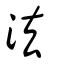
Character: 法